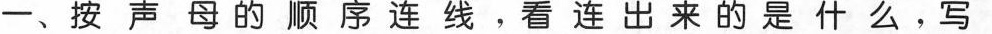
一、按声母的顺序连线，看连出来的是什 ，写